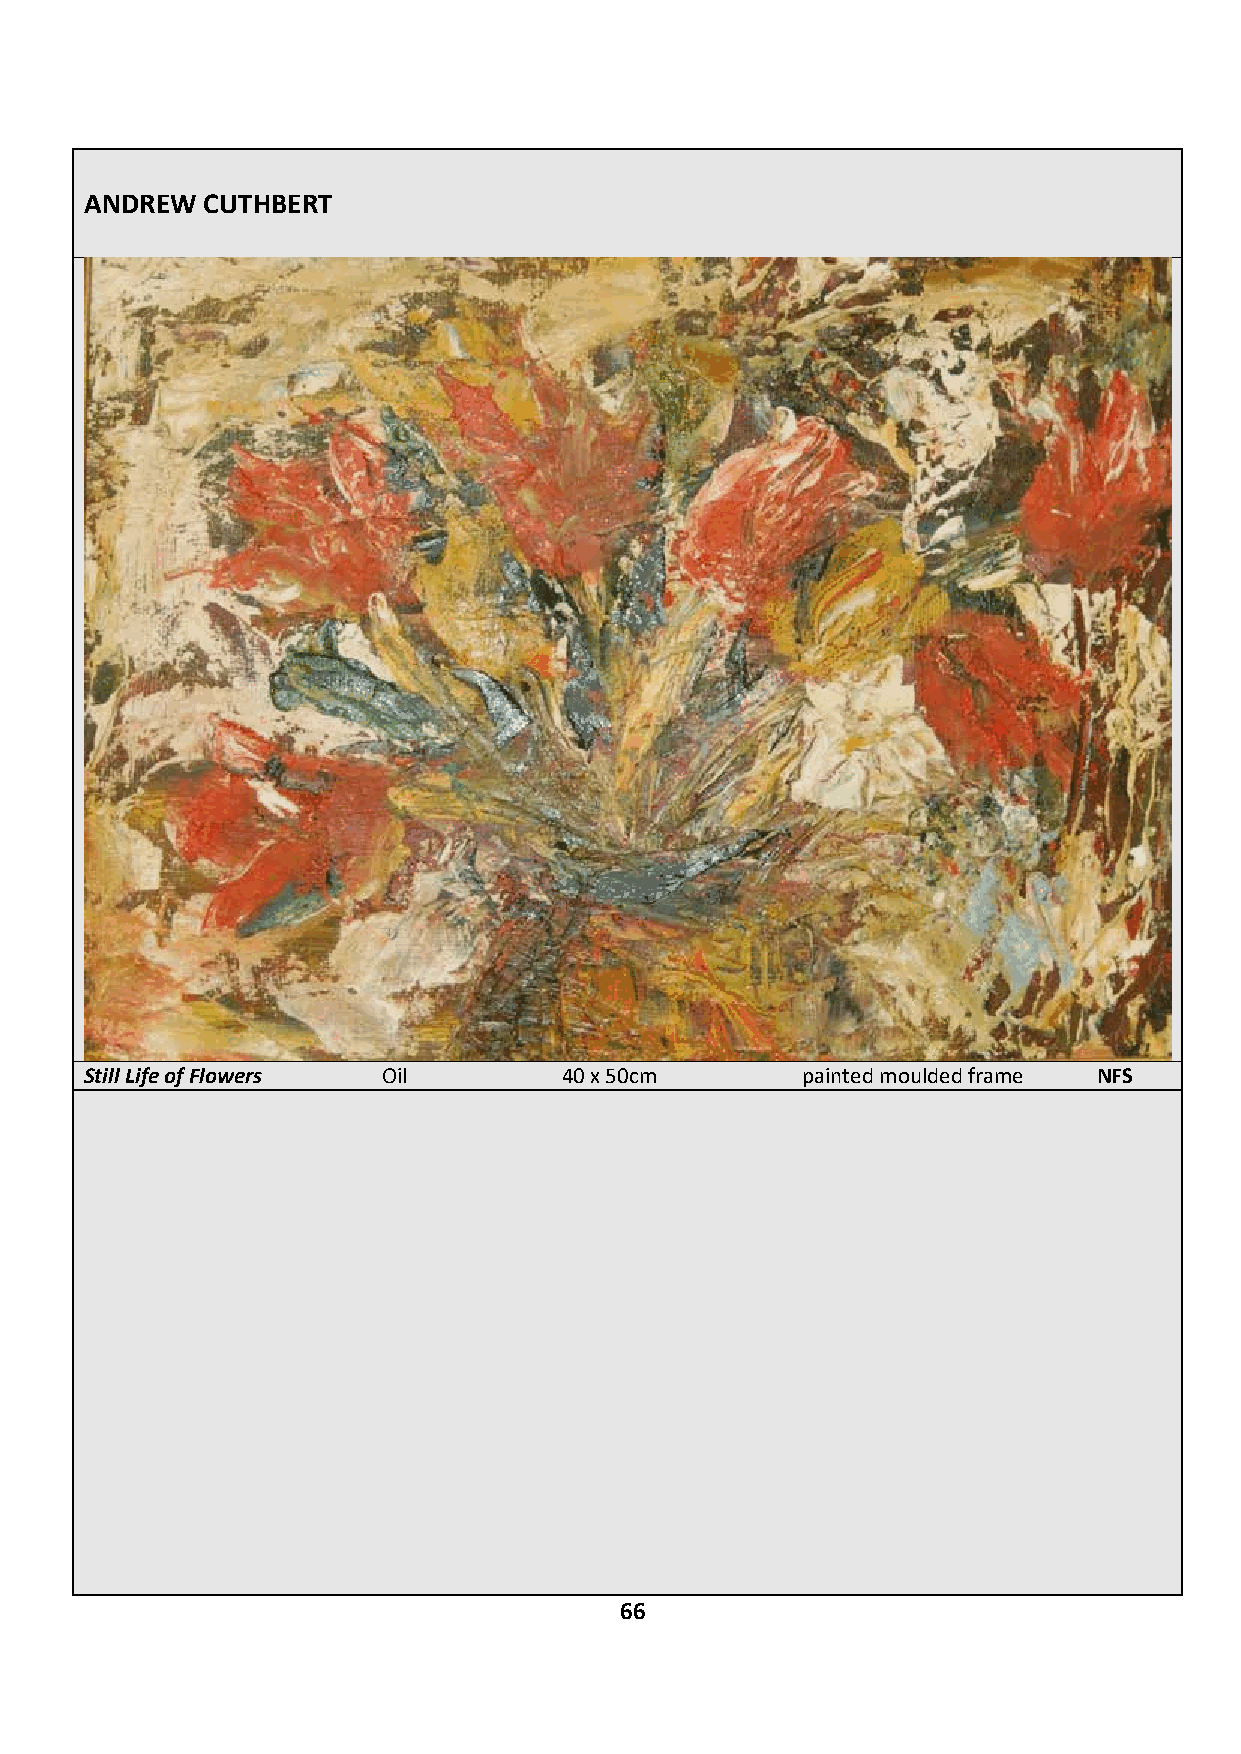
ANDREW CUTHBERT
 Still Life of Flowers Oil      40 x 50cm       painted moulded frame NFS
 66